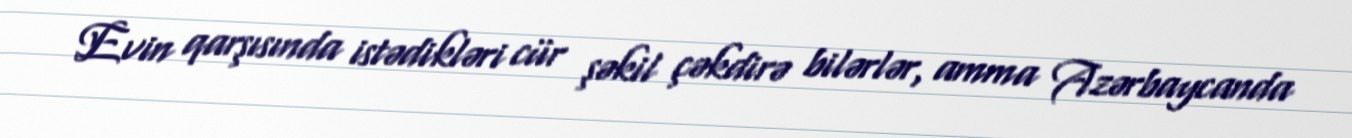
Evin qarşısında istədikləri cür şəkil çəkdirə bilərlər, amma Azərbaycanda